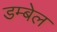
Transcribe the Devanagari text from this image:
डम्बेल